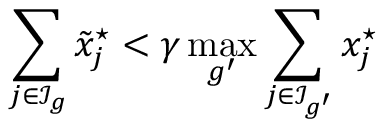
\sum _ { j \in \mathcal { I } _ { g } } \tilde { x } _ { j } ^ { \star } < \gamma \operatorname* { m a x } _ { g ^ { \prime } } \sum _ { j \in \mathcal { I } _ { g ^ { \prime } } } x _ { j } ^ { \star }